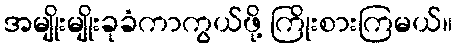
အမျိုးမျိုးခုခံကာကွယ်ဖို့ ကြိုးစားကြမယ်။